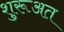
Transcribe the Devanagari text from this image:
शुरूअत